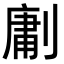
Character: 𭄊